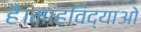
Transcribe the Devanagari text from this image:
है।माहविद्याओ